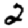
Digit: 2